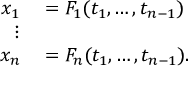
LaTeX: \begin{array} { r l } { x _ { 1 } } & { { } = F _ { 1 } ( t _ { 1 } , \ldots , t _ { n - 1 } ) } \\ { \vdots } & { { } } \\ { x _ { n } } & { { } = F _ { n } ( t _ { 1 } , \ldots , t _ { n - 1 } ) . } \end{array}